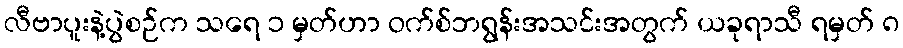
လီဗာပူးနဲ့ပွဲစဉ်က သရေ ၁ မှတ်ဟာ ဝက်စ်ဘရွန်းအသင်းအတွက် ယခုရာသီ ရမှတ် ၈